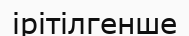
ірітілгенше